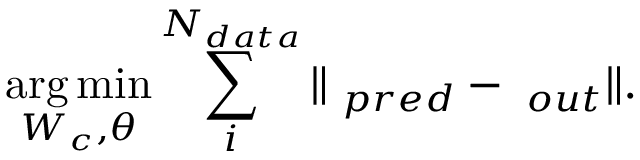
\mathop { \mathrm { a r g \, m i n } } _ { W _ { c } , \theta } \sum _ { i } ^ { N _ { d a t a } } \Vert \mathbf { \varphi } _ { p r e d } - \mathbf { \varphi } _ { o u t } \Vert .